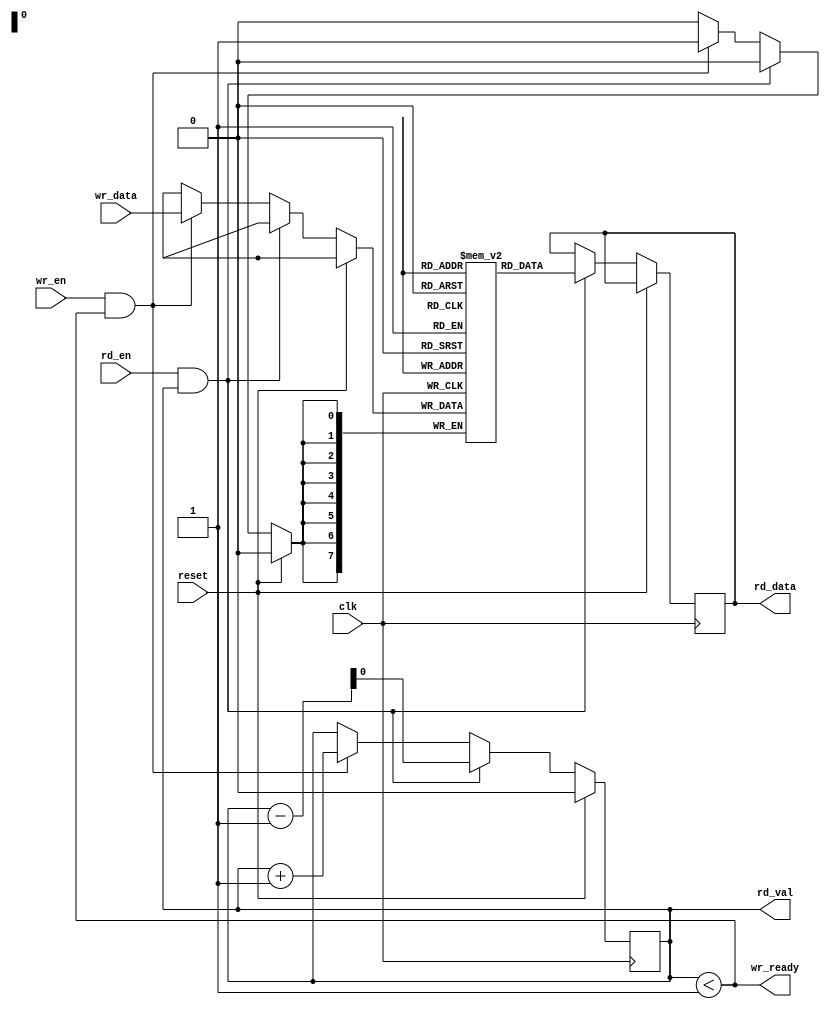
module fifo_shift
#(
    parameter DATA_WIDTH = 8,
    parameter FIFO_DEPTH = 1,
    parameter CAPACITY = $clog2(FIFO_DEPTH) + 1
)
(
    input clk, reset,
    input rd_en, wr_en,
    input [DATA_WIDTH - 1:0] wr_data,

    output rd_val, wr_ready,
    output reg [DATA_WIDTH - 1:0] rd_data
);

reg [DATA_WIDTH - 1:0] queue [FIFO_DEPTH - 1:0];

reg [CAPACITY - 1:0] counter;

always @(posedge clk) begin
    if (reset) begin
        counter <= 0;
    end else if (rd_en & rd_val) begin
        rd_data <= queue[0];
        counter <= counter - 1;
    end else if (wr_en & wr_ready) begin
        queue[counter - 1] <= wr_data;
        counter <= counter + 1;
    end

end

genvar i;
generate 
for (i = 0; i < FIFO_DEPTH - 1; i = i + 1) begin
    always @(posedge clk ) begin
        if (rd_en & rd_val) begin
            queue[i] <= queue[i + 1];        
        end
    end
end
endgenerate

assign rd_val = (counter != 0);
assign wr_ready = (counter < FIFO_DEPTH);

endmodule